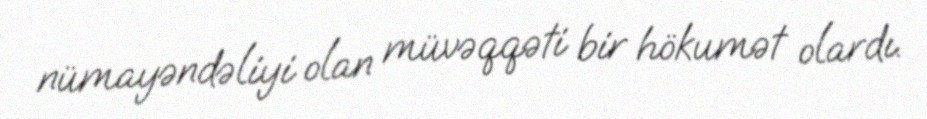
nümayəndəliyi olan müvəqqəti bir hökumət olardı.